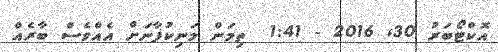
އޮކްޓޯބަރު 30